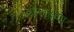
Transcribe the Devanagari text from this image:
हल्लक्षण